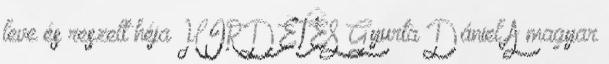
leve és reszelt héja HIRDETÉS Gyurta Dániel A magyar